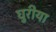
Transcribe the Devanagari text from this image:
घुरीया